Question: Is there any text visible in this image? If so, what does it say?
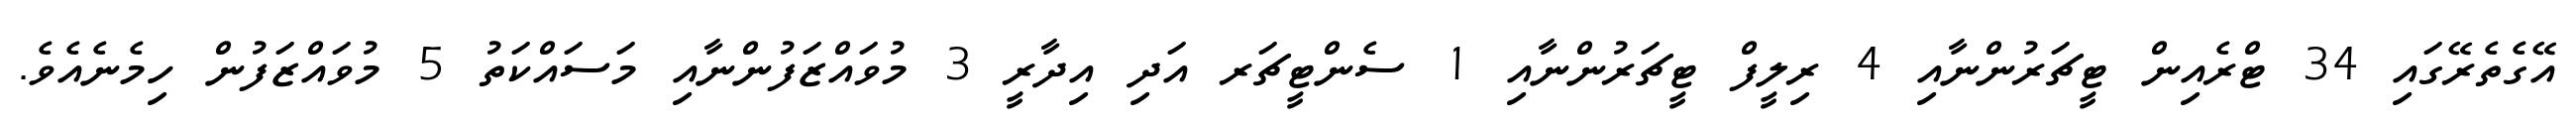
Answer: އޭގެތެރޭގައި 34 ޓްރެއިން ޓީޗަރުންނާއި 4 ރިލީފް ޓީޗަރުންނާއި 1 ސެންޓީޗަރ އަދި އިދާރީ 3 މުވައްޒަފުންނާއި މަސައްކަތު 5 މުވައްޒަފުން ހިމެނެއެވެ.